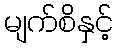
မျက်စိနှင့်